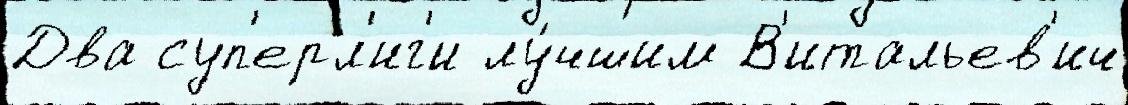
Два суп'ерл'иг'и лу́чшим В'итальев'ич